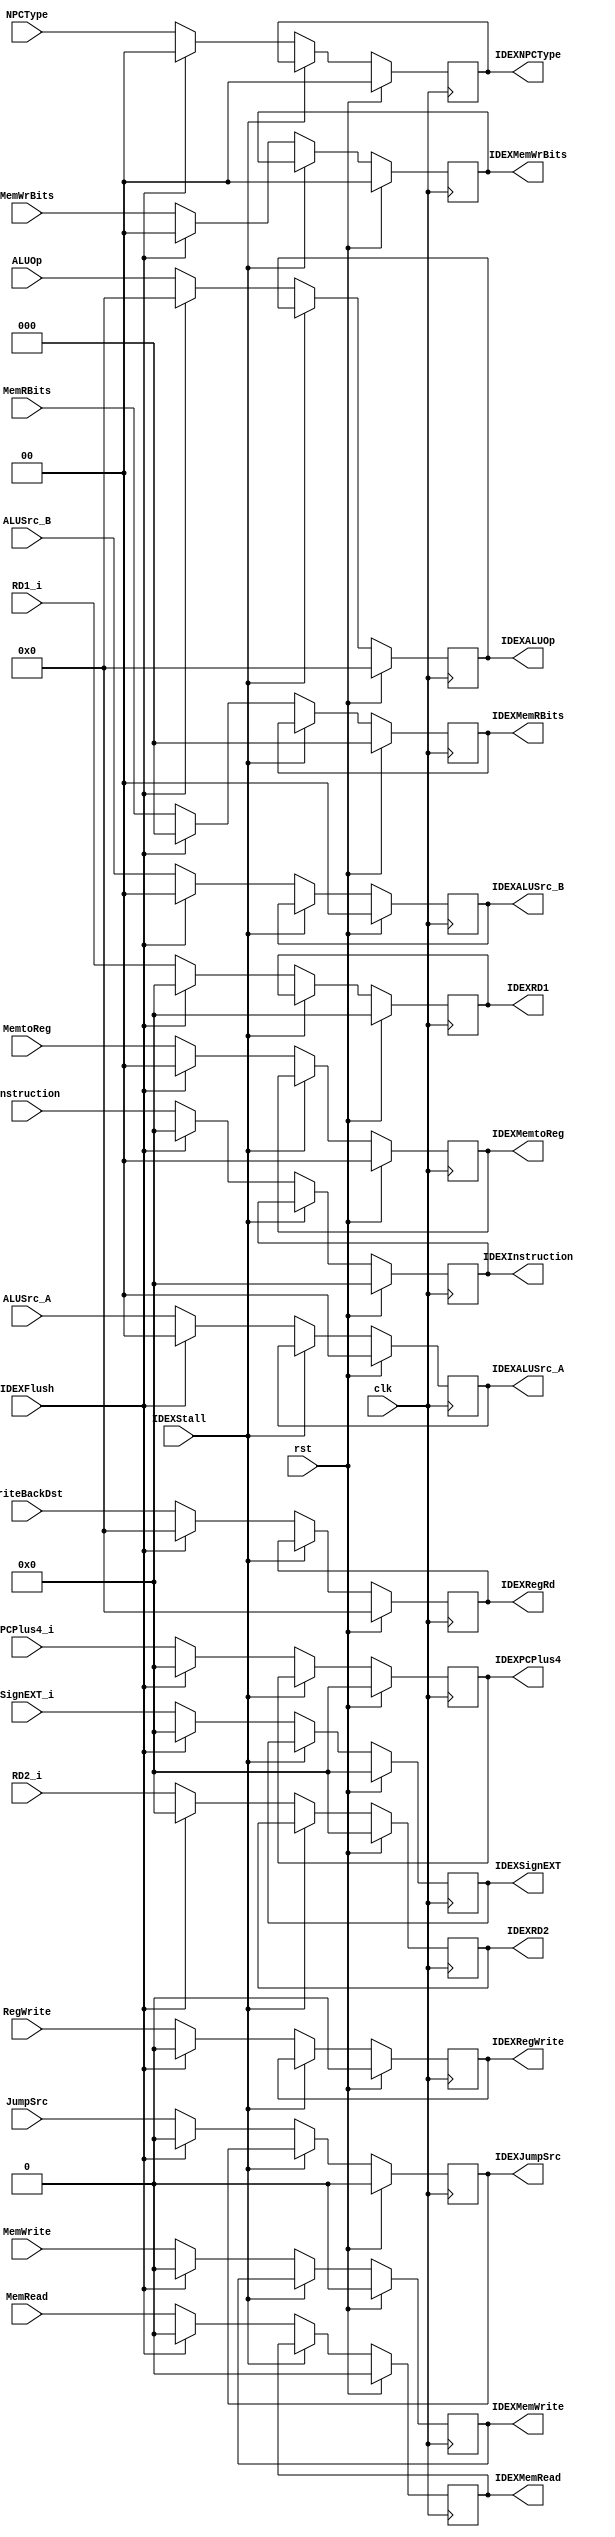
module IDEXReg(
    input clk,
    input rst,
    input IDEXStall,
    input IDEXFlush,
    input [31:0] RD1_i,
    output reg [31:0] IDEXRD1,
    input [31:0] RD2_i,
    output reg [31:0] IDEXRD2,
    input [31:0] PCPlus4_i,
    output reg [31:0] IDEXPCPlus4,
    input [31:0] SignEXT_i,
    output reg [31:0] IDEXSignEXT,
    input [31:0] Instruction,
    output reg [31:0] IDEXInstruction,
    input [4:0] WriteBackDst,//RdRt31
    output reg [4:0] IDEXRegRd,
    input RegWrite,
    output reg IDEXRegWrite,
    input [4:0] ALUOp,
    output reg [4:0] IDEXALUOp,
    input MemRead,
    output reg IDEXMemRead,
    input MemWrite,
    output reg IDEXMemWrite,
    input [1:0] NPCType,
    output reg [1:0] IDEXNPCType,
    input [2:0] MemRBits,
    output reg [2:0] IDEXMemRBits,
    input [1:0] MemWrBits,
    output reg [1:0] IDEXMemWrBits,
    input [1:0] MemtoReg,
    output reg [1:0] IDEXMemtoReg,
    input [1:0] ALUSrc_A,
    output reg [1:0] IDEXALUSrc_A,
    input [1:0] ALUSrc_B,
    output reg [1:0] IDEXALUSrc_B,
    input JumpSrc,
    output reg IDEXJumpSrc    
);

initial
begin
    IDEXALUSrc_A <= 2'b0;
    IDEXALUSrc_B <= 2'b0;
    IDEXSignEXT <= 1'b0;
    IDEXRegWrite <= 1'b0;
    IDEXRD2 <= 32'b0;
    IDEXRD1 <= 32'b0;
    IDEXPCPlus4 <= 32'b0;
    IDEXNPCType<= 2'b0;
    IDEXMemWrite <= 1'b0;
    IDEXMemWrBits <= 2'b0;
    IDEXMemtoReg <= 2'b0;
    IDEXMemRead <= 1'b0;
    IDEXMemRBits <= 3'b0;
    IDEXJumpSrc <= 1'b0;
    IDEXInstruction <= 32'b0;
    IDEXALUOp <= 5'b0;
    IDEXRegRd  <= 5'b0;
end

always @(posedge clk)
begin
    if(rst)
    begin
        IDEXALUSrc_A <= 2'b0;
        IDEXALUSrc_B <= 2'b0;
        IDEXSignEXT <= 1'b0;
        IDEXRegWrite <= 1'b0;
        IDEXRD2 <= 32'b0;
        IDEXRD1 <= 32'b0;
        IDEXPCPlus4 <= 32'b0;
        IDEXNPCType<= 2'b0;
        IDEXMemWrite <= 1'b0;
        IDEXMemWrBits <= 2'b0;
        IDEXMemtoReg <= 2'b0;
        IDEXMemRead <= 1'b0;
        IDEXMemRBits <= 3'b0;
        IDEXJumpSrc <= 1'b0;
        IDEXInstruction <= 32'b0;
        IDEXALUOp <= 5'b0;
        IDEXRegRd  <= 5'b0;
    end
    else if(!IDEXStall)
    begin
        if(IDEXFlush)
        begin
            IDEXALUSrc_A <= 2'b0;
            IDEXALUSrc_B <= 2'b0;
            IDEXSignEXT <= 1'b0;
            IDEXRegWrite <= 1'b0;
            IDEXRD2 <= 32'b0;
            IDEXRD1 <= 32'b0;
            IDEXPCPlus4 <= 32'b0;
            IDEXNPCType<= 2'b0;
            IDEXMemWrite <= 1'b0;
            IDEXMemWrBits <= 2'b0;
            IDEXMemtoReg <= 2'b0;
            IDEXMemRead <= 1'b0;
            IDEXMemRBits <= 3'b0;
            IDEXJumpSrc <= 1'b0;
            IDEXInstruction <= 32'b0;
            IDEXALUOp <= 5'b0;
            IDEXRegRd  <= 5'b0;
        end
        else
        begin
            IDEXALUSrc_A <= ALUSrc_A;
            IDEXALUSrc_B <= ALUSrc_B;
            IDEXSignEXT <= SignEXT_i;
            IDEXRegWrite <= RegWrite;
            IDEXRD2 <= RD2_i;
            IDEXRD1 <= RD1_i;
            IDEXPCPlus4 <= PCPlus4_i;
            IDEXNPCType<= NPCType;
            IDEXMemWrite <= MemWrite;
            IDEXMemWrBits <= MemWrBits;
            IDEXMemtoReg <= MemtoReg;
            IDEXMemRead <= MemRead;
            IDEXMemRBits <= MemRBits;
            IDEXJumpSrc <= JumpSrc;
            IDEXInstruction <= Instruction;
            IDEXALUOp <= ALUOp;
            IDEXRegRd  <= WriteBackDst;
        end
    end
end
endmodule